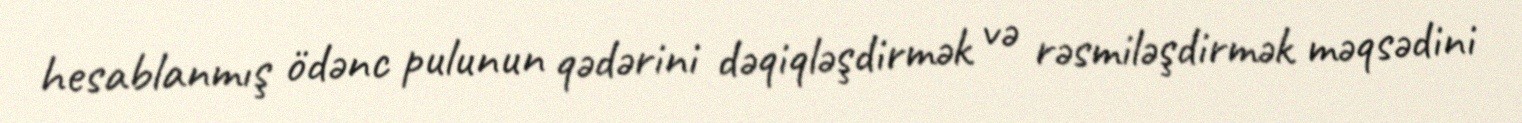
hesablanmış ödənc pulunun qədərini dəqiqləşdirmək və rəsmiləşdirmək məqsədini